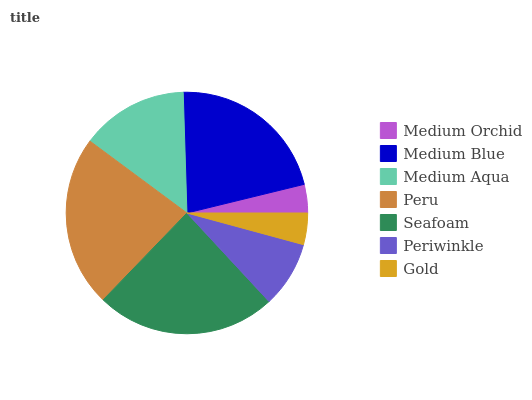
| Medium Orchid | Medium Blue | Medium Aqua | Peru | Seafoam | Periwinkle | Gold |
 | --- | --- | --- | --- | --- | --- | --- |
 | 3.8% | 21.6% | 14.4% | 22.9% | 24.2% | 8.88% | 4.22% |